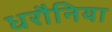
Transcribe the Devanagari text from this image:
धरौनिया